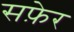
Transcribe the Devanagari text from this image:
सफ़ेर